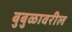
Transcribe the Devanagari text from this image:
बुबुळावरील